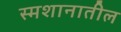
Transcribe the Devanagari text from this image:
स्मशानातील